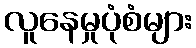
လူနေမှုပုံစံများ